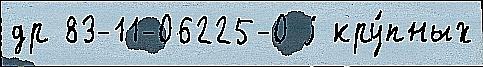
др 83-11-06225-0 j кру́пных